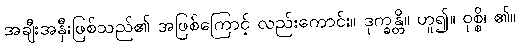
အချီးအနှီးဖြစ်သည်၏ အဖြစ်ကြောင့် လည်းကောင်း။ ဒုက္ခန္တိ။ ဟူ၍။ ဝုစ္စိ၊ ၏။